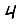
Digit: 4